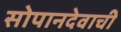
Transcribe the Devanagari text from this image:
सोपानदेवाची